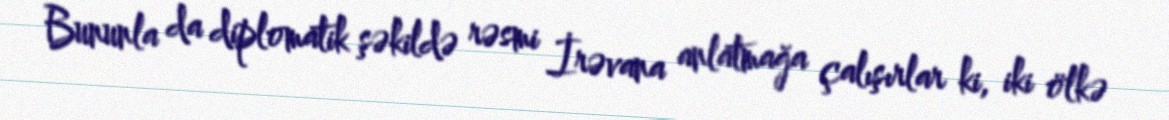
Bununla da diplomatik şəkildə rəsmi İrəvana anlatmağa çalışırlar ki, iki ölkə